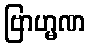
ဗြာဟ္မဏ